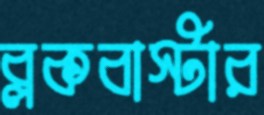
ব্লকবাস্টার